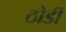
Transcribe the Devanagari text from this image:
ठोडी